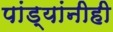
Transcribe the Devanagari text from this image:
पांड्यांनीही